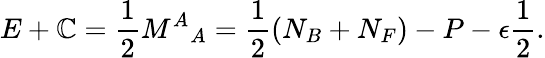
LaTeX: E+\mathbb{C}=\frac{{1}}{{2}}{M^{A}}_{A}=\frac{{1}}{{2}}\left(N_{B}+N_{F}\right)-P-\epsilon\frac{{1}}{{2}}.